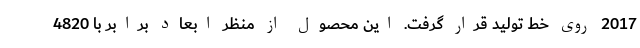
2017 روی خط تولید قرار گرفت. این محصول از منظر ابعاد برابر با 4820